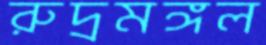
রুদ্রমঙ্গল